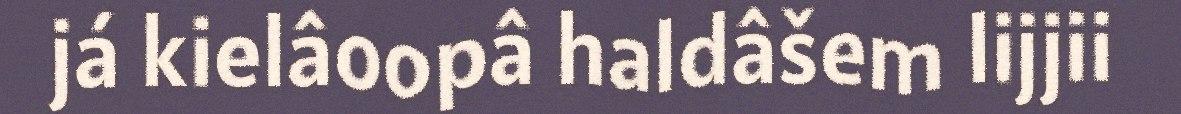
já kielâoopâ haldâšem lijjii